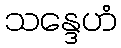
သန္ဒေဟံ